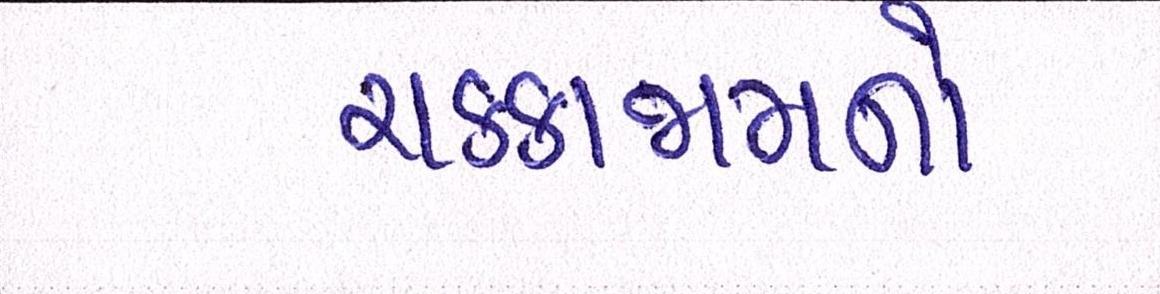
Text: ચક્કાજામનો